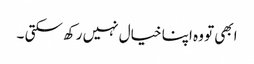
ابھی تو وہ اپنا خیال نہیں رکھ سکتی ۔